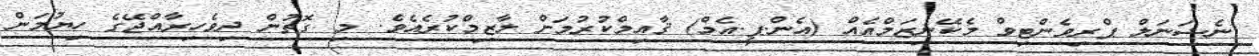
ނެޝަނަލް ޕްރިވެންޓިވް މެކޭނިޒަމްއެއް (އެން.ޕީ.އެމް) ޤާއިމްކުރުމަށް ލާޒިމްކުރެއެވެ. މި ގޮތުން ދިވެހިރާއްޖޭގެ ހިޔުމަން